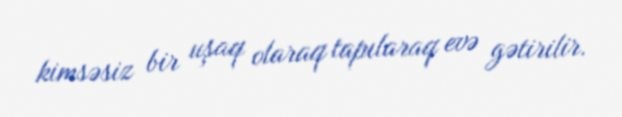
kimsəsiz bir uşaq olaraq tapılaraq evə gətirilir.